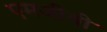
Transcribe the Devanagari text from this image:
एमजीबी